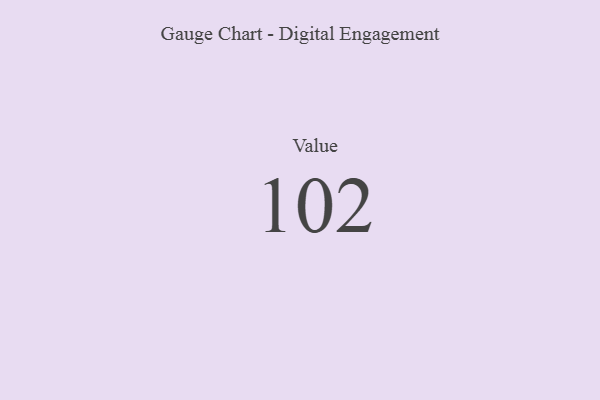
{"axis": {"x": "Metric", "y": "Value"}, "legend": [""], "data": [{"x": "Value", "y": 102, "type": ""}]}